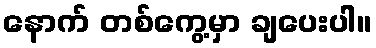
နောက် တစ်ကွေ့မှာ ချပေးပါ။